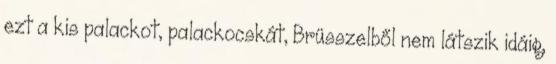
ezt a kis palackot, palackocskát, Brüsszelből nem látszik idáig,